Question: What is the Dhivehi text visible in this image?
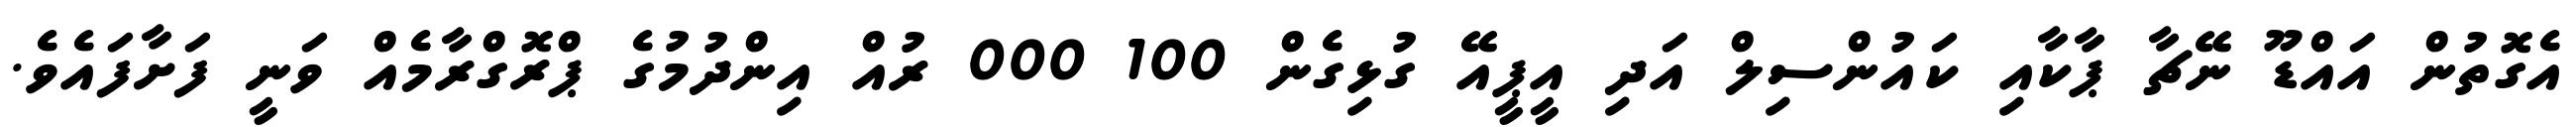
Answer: އެގޮތުން އައްޑޫ ނޭޗާ ޕާކާއި ކައުންސިލް އަދި އީޕީއޭ ގުޅިގެން 100 000 ރުއް އިންދުމުގެ ޕްރޮގްރާމެއް ވަނީ ފަށާފައެވެ.